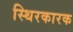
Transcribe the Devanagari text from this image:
स्थिरकारक